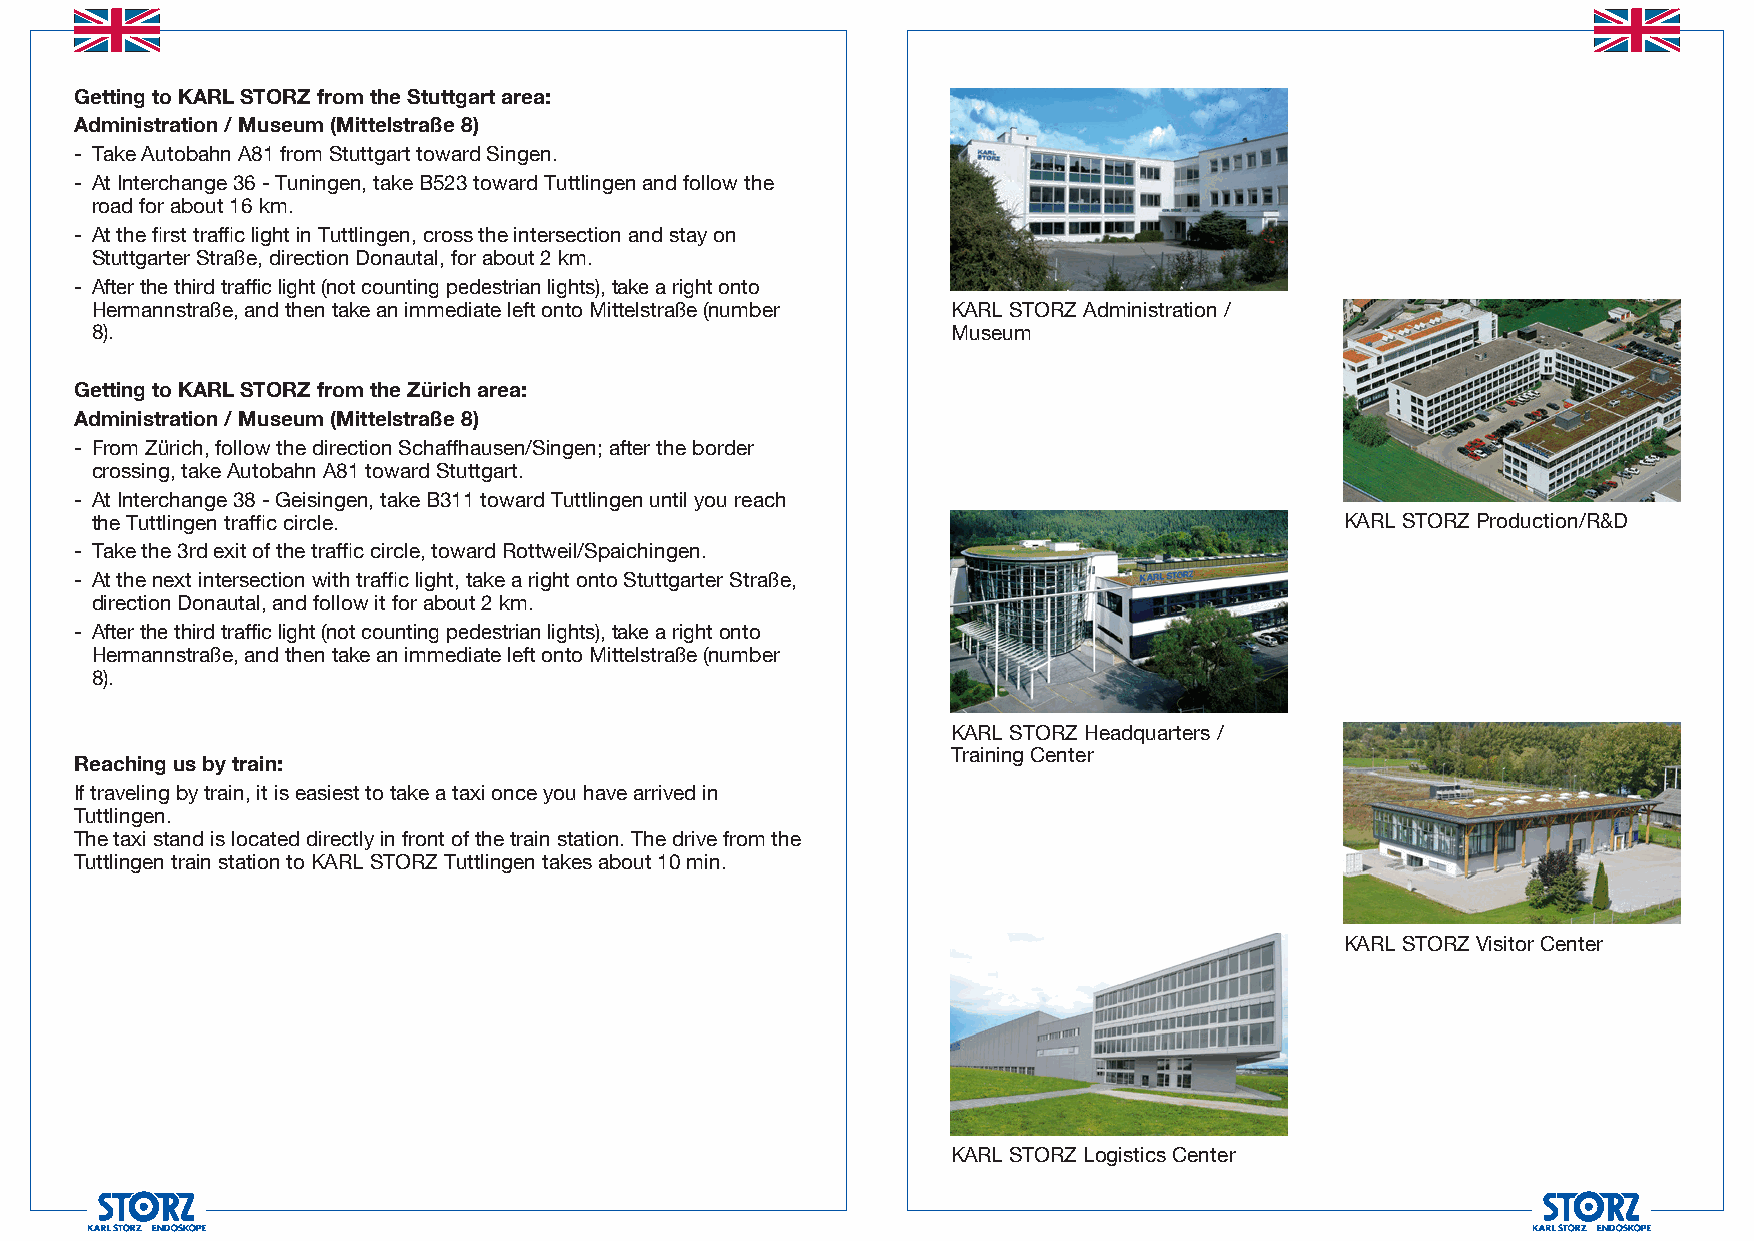
Getting to KARL STORZ from the Stuttgart area:
 Administration / Museum (Mittelstraße 8)
 - Take Autobahn A81 from Stuttgart toward Singen.
 - At Interchange 36 - Tuningen, take B523 toward Tuttlingen and follow the
 road for about 16 km.
 - At the first traffic light in Tuttlingen, cross the intersection and stay on
 Stuttgarter Straße, direction Donautal, for about 2 km.
 - After the third traffic light (not counting pedestrian lights), take a right onto
 Hermannstraße, and then take an immediate left onto Mittelstraße (number KARL STORZ Administration /
 8).                                                      Museum
 Getting to KARL STORZ from the Zürich area:
 Administration / Museum (Mittelstraße 8)
 - From Zürich, follow the direction Schaffhausen/Singen; after the border
 crossing, take Autobahn A81 toward Stuttgart.
 - At Interchange 38 - Geisingen, take B311 toward Tuttlingen until you reach
 the Tuttlingen traffic circle.                                                     KARL STORZ Production/R&D
 - Take the 3rd exit of the traffic circle, toward Rottweil/Spaichingen.
 - At the next intersection with traffic light, take a right onto Stuttgarter Straße,
 direction Donautal, and follow it for about 2 km.
 - After the third traffic light (not counting pedestrian lights), take a right onto
 Hermannstraße, and then take an immediate left onto Mittelstraße (number
 8).
 KARL STORZ Headquarters /
 Training Center
 Reaching us by train:
 If traveling by train, it is easiest to take a taxi once you have arrived in
 Tuttlingen.
 The taxi stand is located directly in front of the train station. The drive from the
 Tuttlingen train station to KARL STORZ Tuttlingen takes about 10 min.
 KARL STORZ Visitor Center
 KARL STORZ Logistics Center